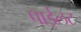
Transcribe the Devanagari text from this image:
पाईलट